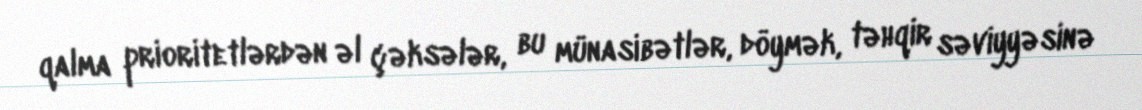
qalma prioritetlərdən əl çəksələr, bu münasibətlər, döymək, təhqir səviyyəsinə